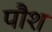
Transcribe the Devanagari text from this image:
पौश